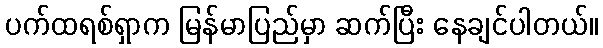
ပက်ထရစ်ရှာက မြန်မာပြည်မှာ ဆက်ပြီး နေချင်ပါတယ်။